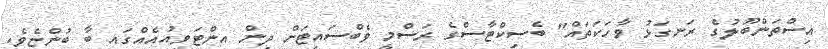
އިސްތަންބޫލުގެ ރަނގަޅު ވާހަކަތައް" ބެސިކްޓާސްގެ ރަސްމީ ވެބްސައިޓަށް ދިން އިންޓަވިއުއެއްގައި ބާ ބުންޏެވެ.